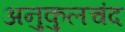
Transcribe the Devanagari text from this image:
अनुकुलचंद